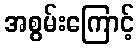
အစွမ်းကြောင့်